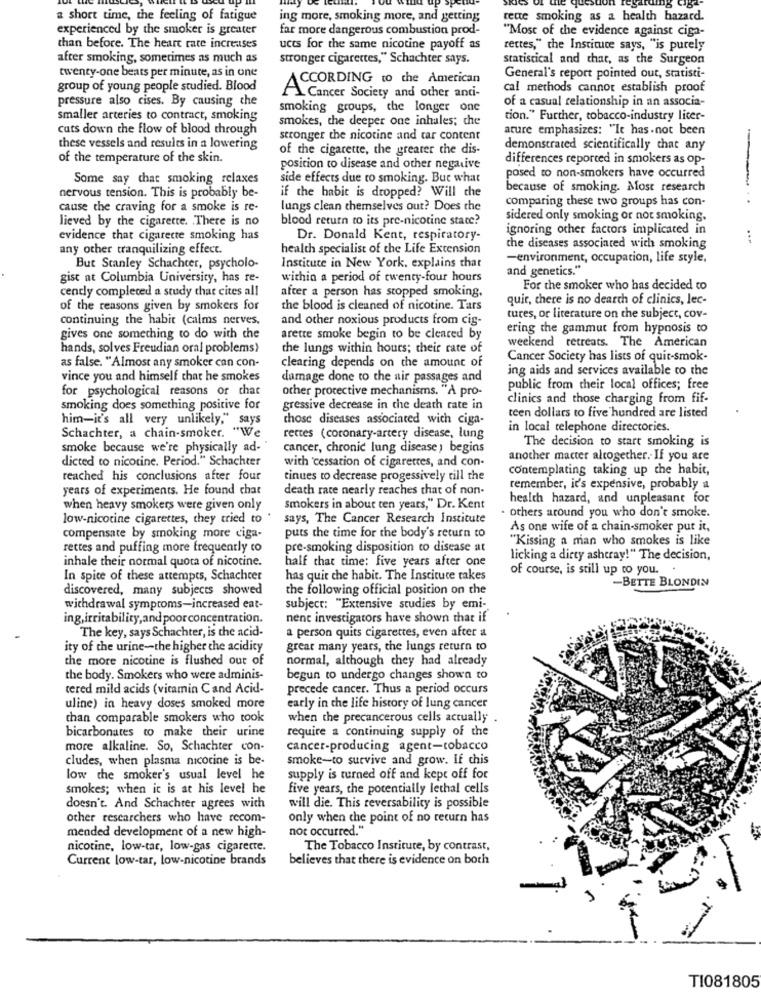
a short time, the feeling of fatigue
ing more, smoking more, and getting
rente smoking as a health hazard.
experienced by the smoker is greater
far more dangerous combustion prod-
"Most of the evidence against ciga-
than before. The heart rate increases
ucts for the same nicotine payoff as
rettes," the Instituce says, "is purely
after smoking, sometimes as much as
stronger cigarettes," Schachter says.
statistical and chat, as the Surgeon
twenty-one beats per minute, as in one
ACCORDING to the American
General's report pointed out, statisti-
group of young people studied. Blood
cal methods cannot establish proof
pressure also cises. By causing the
A Cancer Society and other anti-
of a casual relationship in an associa-
smoking groups, the longer one
smaller arteries to contract, smoking
smokes, the deeper one inhales; che
tion." Further, tobacco-industry licer-
cuts down the flow of blood through
ature emphasizes: "It has .not been
stronger the nicotine and tar content
these vessels and results in a lowering
of the cigarette, the greater the dis-
demonstrated scientifically that any
of the temperature of the skin.
differences reported in smokers as op-
position to disease and other negative
Some say that smoking relaxes
side effects due to smoking. But what
posed to non-smokers have occurred
nervous tension. This is probably be-
because of smoking. Most research
if the habit is dropped? Will che
comparing these two groups has con-
cause the craving for a smoke is re-
lungs clean themselves out? Does the
lieved by the cigarette. . There is no
blood return to its pre-nicotine stace?
sidered only smoking or not smoking.
ignoring other factors implicated in
evidence that cigarette smoking has
Dr. Donald Kent, respiratory-
any other tranquilizing effect.
health specialist of the Life Extension
the diseases associated with smoking
-environment, occupation, life style,
But Stanley Schachter, psycholo-
Institute in New York, explains that
and genetics."
gist at Columbia University, has re-
within a period of twenty-four hours
cently completed a study chat cites all
after a person has stopped smoking.
For the smoker who has decided to
quir, there is no dearch of clinics, lec-
of the reasons given by smokers for
the blood is cleaned of nicotine. Tars
continuing the habit (calms nerves,
and other noxious products from cis-
tures, or literature on the subject, cov-
ering the gammut from hypnosis to
gives one something to do with the
arette smoke begin to be cleared by
weekend retreats. The American
hands, solves Freudian oral problems)
the lungs within hours; their rate of
Cancer Society has lists of quit-smok-
as false. "Almost any smoker can con-
clearing depends on the amount of
ing aids and services available to the
vince you and himself that he smokes
damage done to the air passages and
for psychological reasons or chat
other protective mechanisms. "A pro-
public from their local offices; free
clinics and those charging from fif-
smoking does something positive for
gressive decrease in the death rate in
teen dollars to five hundred are listed
him-it's all very unlikely," says
those diseases associated with ciga-
Schachter, a chain-smoker. "We
in local telephone directories.
rettes (coronary-artery disease, lung
The decision to start smoking is
smoke because we're physically ad-
cancer, chronic lung disease ) begins
dicted to nicotine. Period." Schachter
with cessation of cigarettes, and con-
another macter altogether. If you are
contemplating taking up the habit,
reached his conclusions after four
tinues to decrease progessively till the
years of experiments. He found chat
death race nearly reaches that of non-
remember, it's expensive, probably a
health hazard, and unpleasant for
when heavy smokers were given only
smokers in about ten years," Dr. Kent
others around you who don't smoke.
low-nicotine cigarettes, they tried to
says, The Cancer Research Institute
As one wife of a chain-smoker put it,
compensate by smoking more ciga-
puts the time for the body's return to
"Kissing a man who smokes is like
rettes and puffing more frequently to
pre-smoking disposition to disease at
inhale their normal quota of nicotine.
half that time: five years after one
licking a dirty ashtray!" The decision,
of course, is still up to you. .
In spite of these attempts, Schachter
has quit the habit. The Instituce takes
-BETTE BLONDIN
discovered, many subjects showed
the following official position on the
withdrawal symptoms-increased eat-
subject: "Extensive studies by emi-
ing,irritability,and poor concentration.
nent investigators have shown that if
a person quits cigarettes, even after a
The key, says Schachter, is the acid-
ity of the urine-the higher the acidity
great many years, the lungs return to
the more nicotine is flushed out of
normal, although they had already
the body. Smokers who were adminis-
begun to undergo changes shown to
tered mild acids (vitamin Cand Acid-
precede cancer. Thus a period occurs
uline) in heavy doses smoked more
early in the life history of lung cancer
than comparable smokers who took
when the precancerous cells actually .
bicarbonates to make their urine
require a continuing supply of the
more alkaline. So, Schachter con-
cancer-producing agent-tobacco
cludes, when plasma nicotine is be-
smoke-to survive and grow. If chis
low the smoker's usual level he
supply is turned off and kept off for
smokes; when it is at his level he
five years, the potentially lethal cells
doesn't. And Schachter agrees with
will die. This reversability is possible
other researchers who have recom-
only when the point of no return has
mended development of a new high-
not occurred."
nicotine, low-tar, low-gas cigarette.
The Tobacco Institute, by contrast,
Current low-tar, low-nicotine brands
believes that there is evidence on both
TI081805